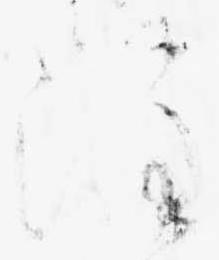
注